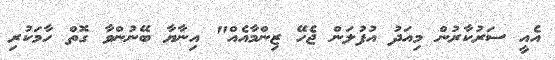
އެއީ ސަރުކާރުން މިއަދު އުފުލަން ޖެހޭ ޒިންމާއެއް" އިނާޔާ ބޭނުންވާ ގޮތް ހާމަކުރި